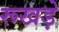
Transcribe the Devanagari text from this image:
रूखड़े